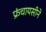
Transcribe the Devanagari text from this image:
फ्रंचायसीने